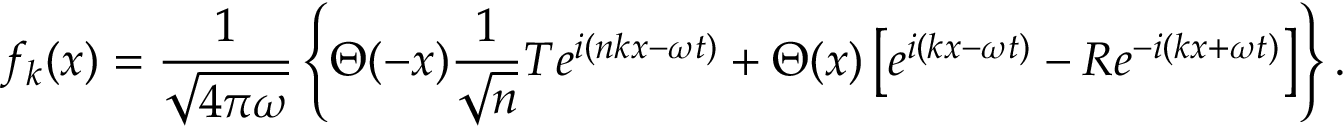
f _ { k } ( x ) = { \frac { 1 } { \sqrt { 4 \pi \omega } } } \left\{ \Theta ( - x ) { \frac { 1 } { \sqrt { n } } } T e ^ { i ( n k x - \omega t ) } + \Theta ( x ) \left[ e ^ { i ( k x - \omega t ) } - R e ^ { - i ( k x + \omega t ) } \right] \right\} .